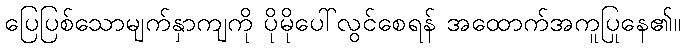
ပြေပြစ်သောမျက်နှာကျကို ပိုမိုပေါ်လွင်စေရန် အထောက်အကူပြုနေ၏။